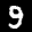
Label: 9